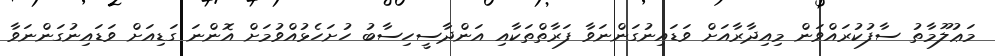
މަޢުލޫމާތު ސާފުކުރައްވަން މިއިދާރާއަށް ވަޑައިނުގަންނަވާ ފަރާތްތަކާއި އަންދާސީހިސާބު ހުށަހެޅުއްވުމަށް އޮންނަ ގަޑިއަށް ވަޑައިނުގަންނަވާ